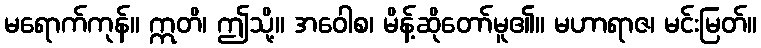
မရောက်ကုန်။ ဣတိ၊ ဤသို့။ အဝေါစ၊ မိန့်ဆိုတော်မူ၏။ မဟာရာဇ၊ မင်းမြတ်။